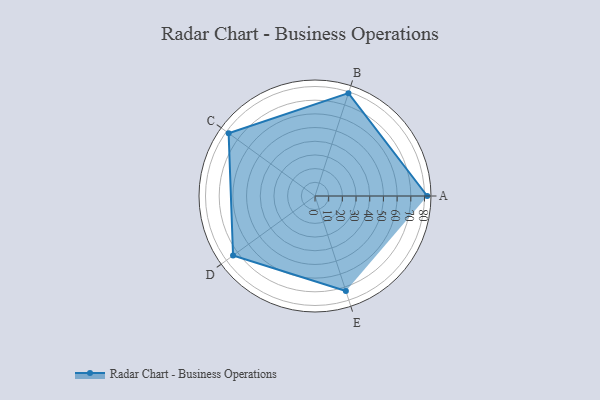
{"axis": {"x": "Skill", "y": "Score"}, "legend": ["Profile"], "data": [{"x": "A", "y": 82.0, "type": "Profile"}, {"x": "B", "y": 79.0, "type": "Profile"}, {"x": "C", "y": 78.0, "type": "Profile"}, {"x": "D", "y": 74.0, "type": "Profile"}, {"x": "E", "y": 73.0, "type": "Profile"}]}